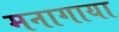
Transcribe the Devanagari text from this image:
मनागाया